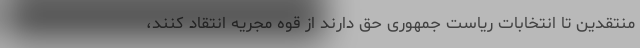
منتقدین تا انتخابات ریاست جمهوری حق دارند از قوه مجریه انتقاد کنند،